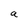
Character: a